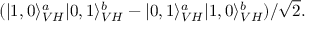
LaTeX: ( | 1 , 0 \rangle _ { V H } ^ { a } | 0 , 1 \rangle _ { V H } ^ { b } - | 0 , 1 \rangle _ { V H } ^ { a } | 1 , 0 \rangle _ { V H } ^ { b } ) / { \sqrt { 2 } } .